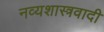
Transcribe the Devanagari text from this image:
नव्यशास्त्रवादी